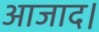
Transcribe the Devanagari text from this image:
आजाद।